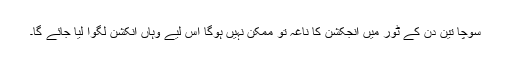
سوچا تین دن کے ٹور میں انجکشن کا ناغہ تو ممکن نہیں ہوگا اس لیے وہاں انکشن لگوا لیا جائے گا۔